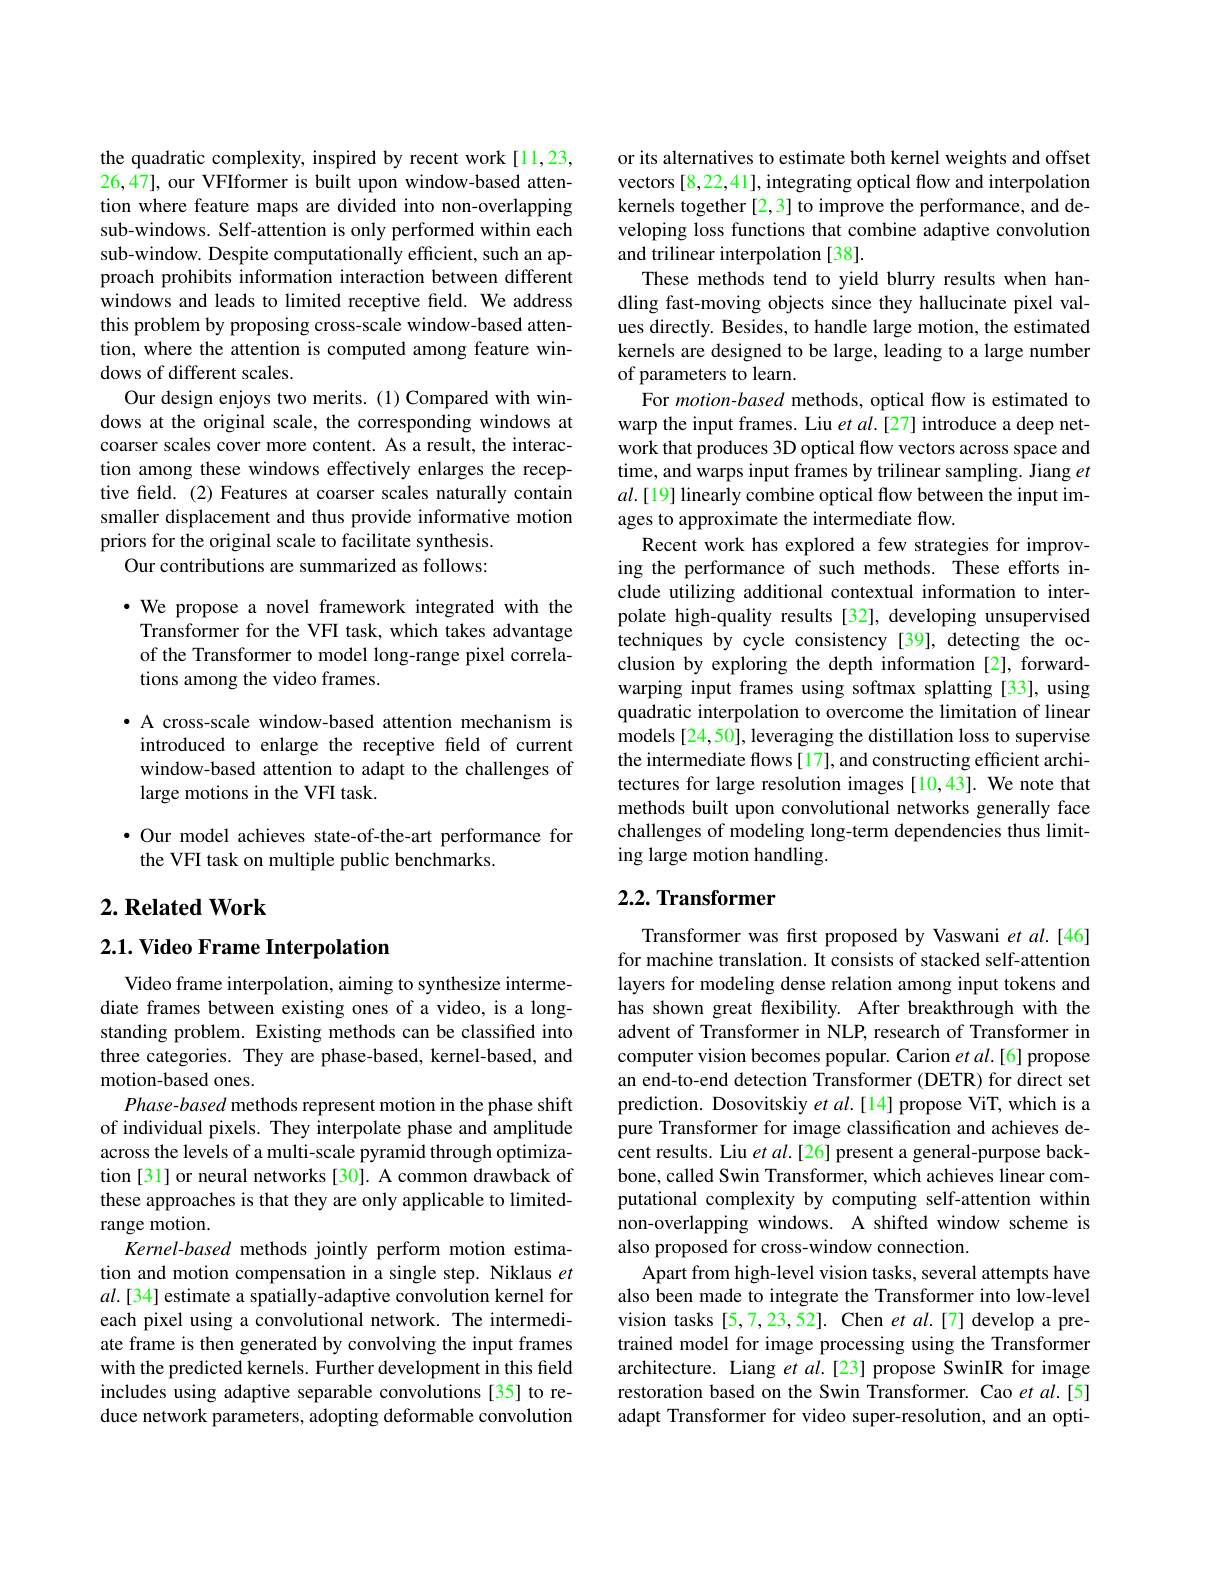
the quadratic complexity, inspired by recent work[11,23, 26,47], our VFIformer is built upon window-based attention where feature maps are divided into non-overlapping sub-windows. Self-attention is only performed within each sub-window. Despite computationally efficient, such an approach prohibits information interaction between different windows and leads to limited receptive field. We address this problem by proposing cross-scale window-based attention, where the attention is computed among feature windows of different scales.
Our design enjoys two merits. (1) Compared with windows at the original scale, the corresponding windows at coarser scales cover more content. As a result, the interaction among these windows effectively enlarges the receptive field. (2) Features at coarser scales naturally contain smaller displacement and thus provide informative motion priors for the original scale to facilitate synthesis.
Our contributions are summarized as follows:

$\cdot$ We propose a novel framework integrated with the Transformer for the VFI task, which takes advantage of the Transformer to model long-range pixel correlations among the video frames.

· A cross-scale window-based attention mechanism is introduced to enlarge the receptive feld of current window-based attention to adapt to the challenges of large motions in the VFI task.

$\bullet$ Our model achieves state-of-the-art performance for
the VFI task on multiple public benchmarks.

## $2. \textbf{ Related Work}$

$2. 1. \textbf{Video Frame Interpolation}$

Video frame interpolation, aiming to synthesize intermediate frames between existing ones of a video, is a longstanding problem. Existing methods can be classified into three categories. They are phase-based, kernel-based, and motion-based ones.
Phase-based methods represent motion in the phase shift of individual pixels. They interpolate phase and amplitude across the levels of a multi-scale pyramid through optimization[31] or neural networks [30]. A common drawback of these approaches is that they are only applicable to limitedrange motion.
Kernel-based methods jointly perform motion estimation and motion compensation in a single step. Niklaus $et$ $al.[34]$ estimate a spatially-adaptive convolution kernel for each pixel using a convolutional network. The intermediate frame is then generated by convolving the input frames with the predicted kernels. Further development in this field includes using adaptive separable convolutions [35] to reduce network parameters, adopting deformable convolution

or its alternatives to estimate both kernel weights and offset vectors [8,22,41], integrating optical flow and interpolation kernels together [2,3] to improve the performance, and developing loss functions that combine adaptive convolution and trilinear interpolation [38].
These methods tend to yield blurry results when handling fast-moving objects since they hallucinate pixel values directly. Besides, to handle large motion, the estimated kernels are designed to be large, leading to a large number of parameters to learn.
For motion-based methods, optical flow is estimated to warp the input frames. Liu $et$ al.[27] introduce a deep network that produces 3D optical flow vectors across space and time, and warps input frames by trilinear sampling. Jiang $et$ $al.[19]$ linearly combine optical flow between the input images to approximate the intermediate flow.
Recent work has explored a few strategies for improving the performance of such methods. These efforts include utilizing additional contextual information to interpolate high-quality results [32], developing unsupervised techniques by cycle consistency [39], detecting the occlusion by exploring the depth information [2], forwardwarping input frames using softmax splatting [33], using quadratic interpolation to overcome the limitation of linear $\hat{\text{models [24,50], leveraging the distillation loss to supervise}}$ the intermediate flows [17], and constructing efficient architectures for large resolution images [10,43]. We note that methods built upon convolutional networks generally face challenges of modeling long-term dependencies thus limiting large motion handling.

## $2. 2. \textbf{ Transformer}$

Transformer was first proposed by Vaswani et al.[46] for machine translation. It consists of stacked self-attention layers for modeling dense relation among input tokens and has shown great flexibility. After breakthrough with the advent of Transformer in NLP, research of Transformer in computer vision becomes popular. Carion $et$ al.[6] propose an end-to-end detection Transformer (DETR) for direct set prediction. Dosovitskiy $etal.[14]$ propose ViT, which is a pure Transformer for image classification and achieves decent results. Liu $etal.[26]$ present a general-purpose backbone, called Swin Transformer, which achieves linear computational complexity by computing self-attention within non-overlapping windows. A shifted window scheme is also proposed for cross-window connection.
Apart from high-level vision tasks, several attempts have also been made to integrate the Transformer into low-level vision tasks[5,7,23,52]. Chen et al.[7] develop a pretrained model for image processing using the Transformer architecture. Liang et al.[23] propose SwinIR for image restoration based on the Swin Transformer. Cao et al.[5] adapt Transformer for video super-resolution, and an opti-